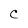
Character: C